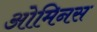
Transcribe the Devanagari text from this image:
ओमिनस